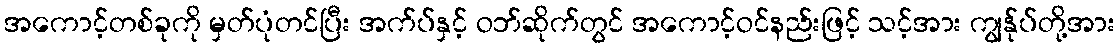
အကောင့်တစ်ခုကို မှတ်ပုံတင်ပြီး အက်ပ်နှင့် ဝဘ်ဆိုက်တွင် အကောင့်ဝင်နည်းဖြင့် သင့်အား ကျွန်ုပ်တို့အား